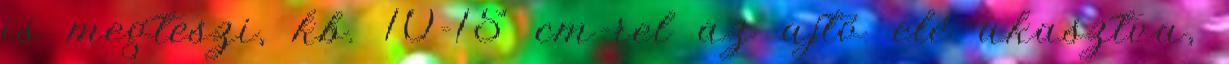
is megteszi, kb. 10-15 cm-rel az ajtó elé akasztva,